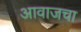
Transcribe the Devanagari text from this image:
आवाजचा